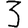
Digit: 3